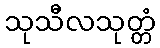
သုသီလသုတ္တံ